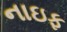
નાઇફ